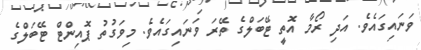
ވަނައިގައެވެ. އަދި ރޯމާ އޮތީ ޓޭބަލްގެ ތޭރަ ވަނައިގައެވެ. މިވަގުތު ޕޮއިންޓް ޓޭބަލްގެ